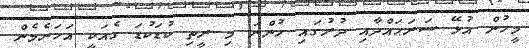
މީހުން އުޅޭ ސަރަޙައްދާއި ދުރުގައި ހުންނަ މި ރީތި ކުޑަކުޑަ ގެއަކީ އަހަރެމެން